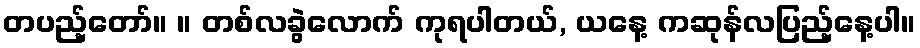
တပည့်တော်။ ။ တစ်လခွဲလောက် ကုရပါတယ်, ယနေ့ ကဆုန်လပြည့်နေ့ပါ။